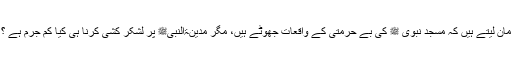
مان لیتے ہیں کہ مسجد نبوی ﷺ کی بے حرمتی کے واقعات جھوٹے ہیں، مگر مدینۃالنبیﷺ پر لشکر کشی کرنا ہی کیا کم جرم ہے ؟